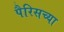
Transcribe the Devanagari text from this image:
पैरिसच्या